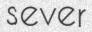
sever